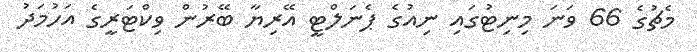
މެޗުގެ 66 ވަނަ މިނިޓުގައި ނިއުގެ ޕެނަލްޓީ އޭރިޔާ ބޭރުން ވިކްޓަރީގެ އަހުމަދު